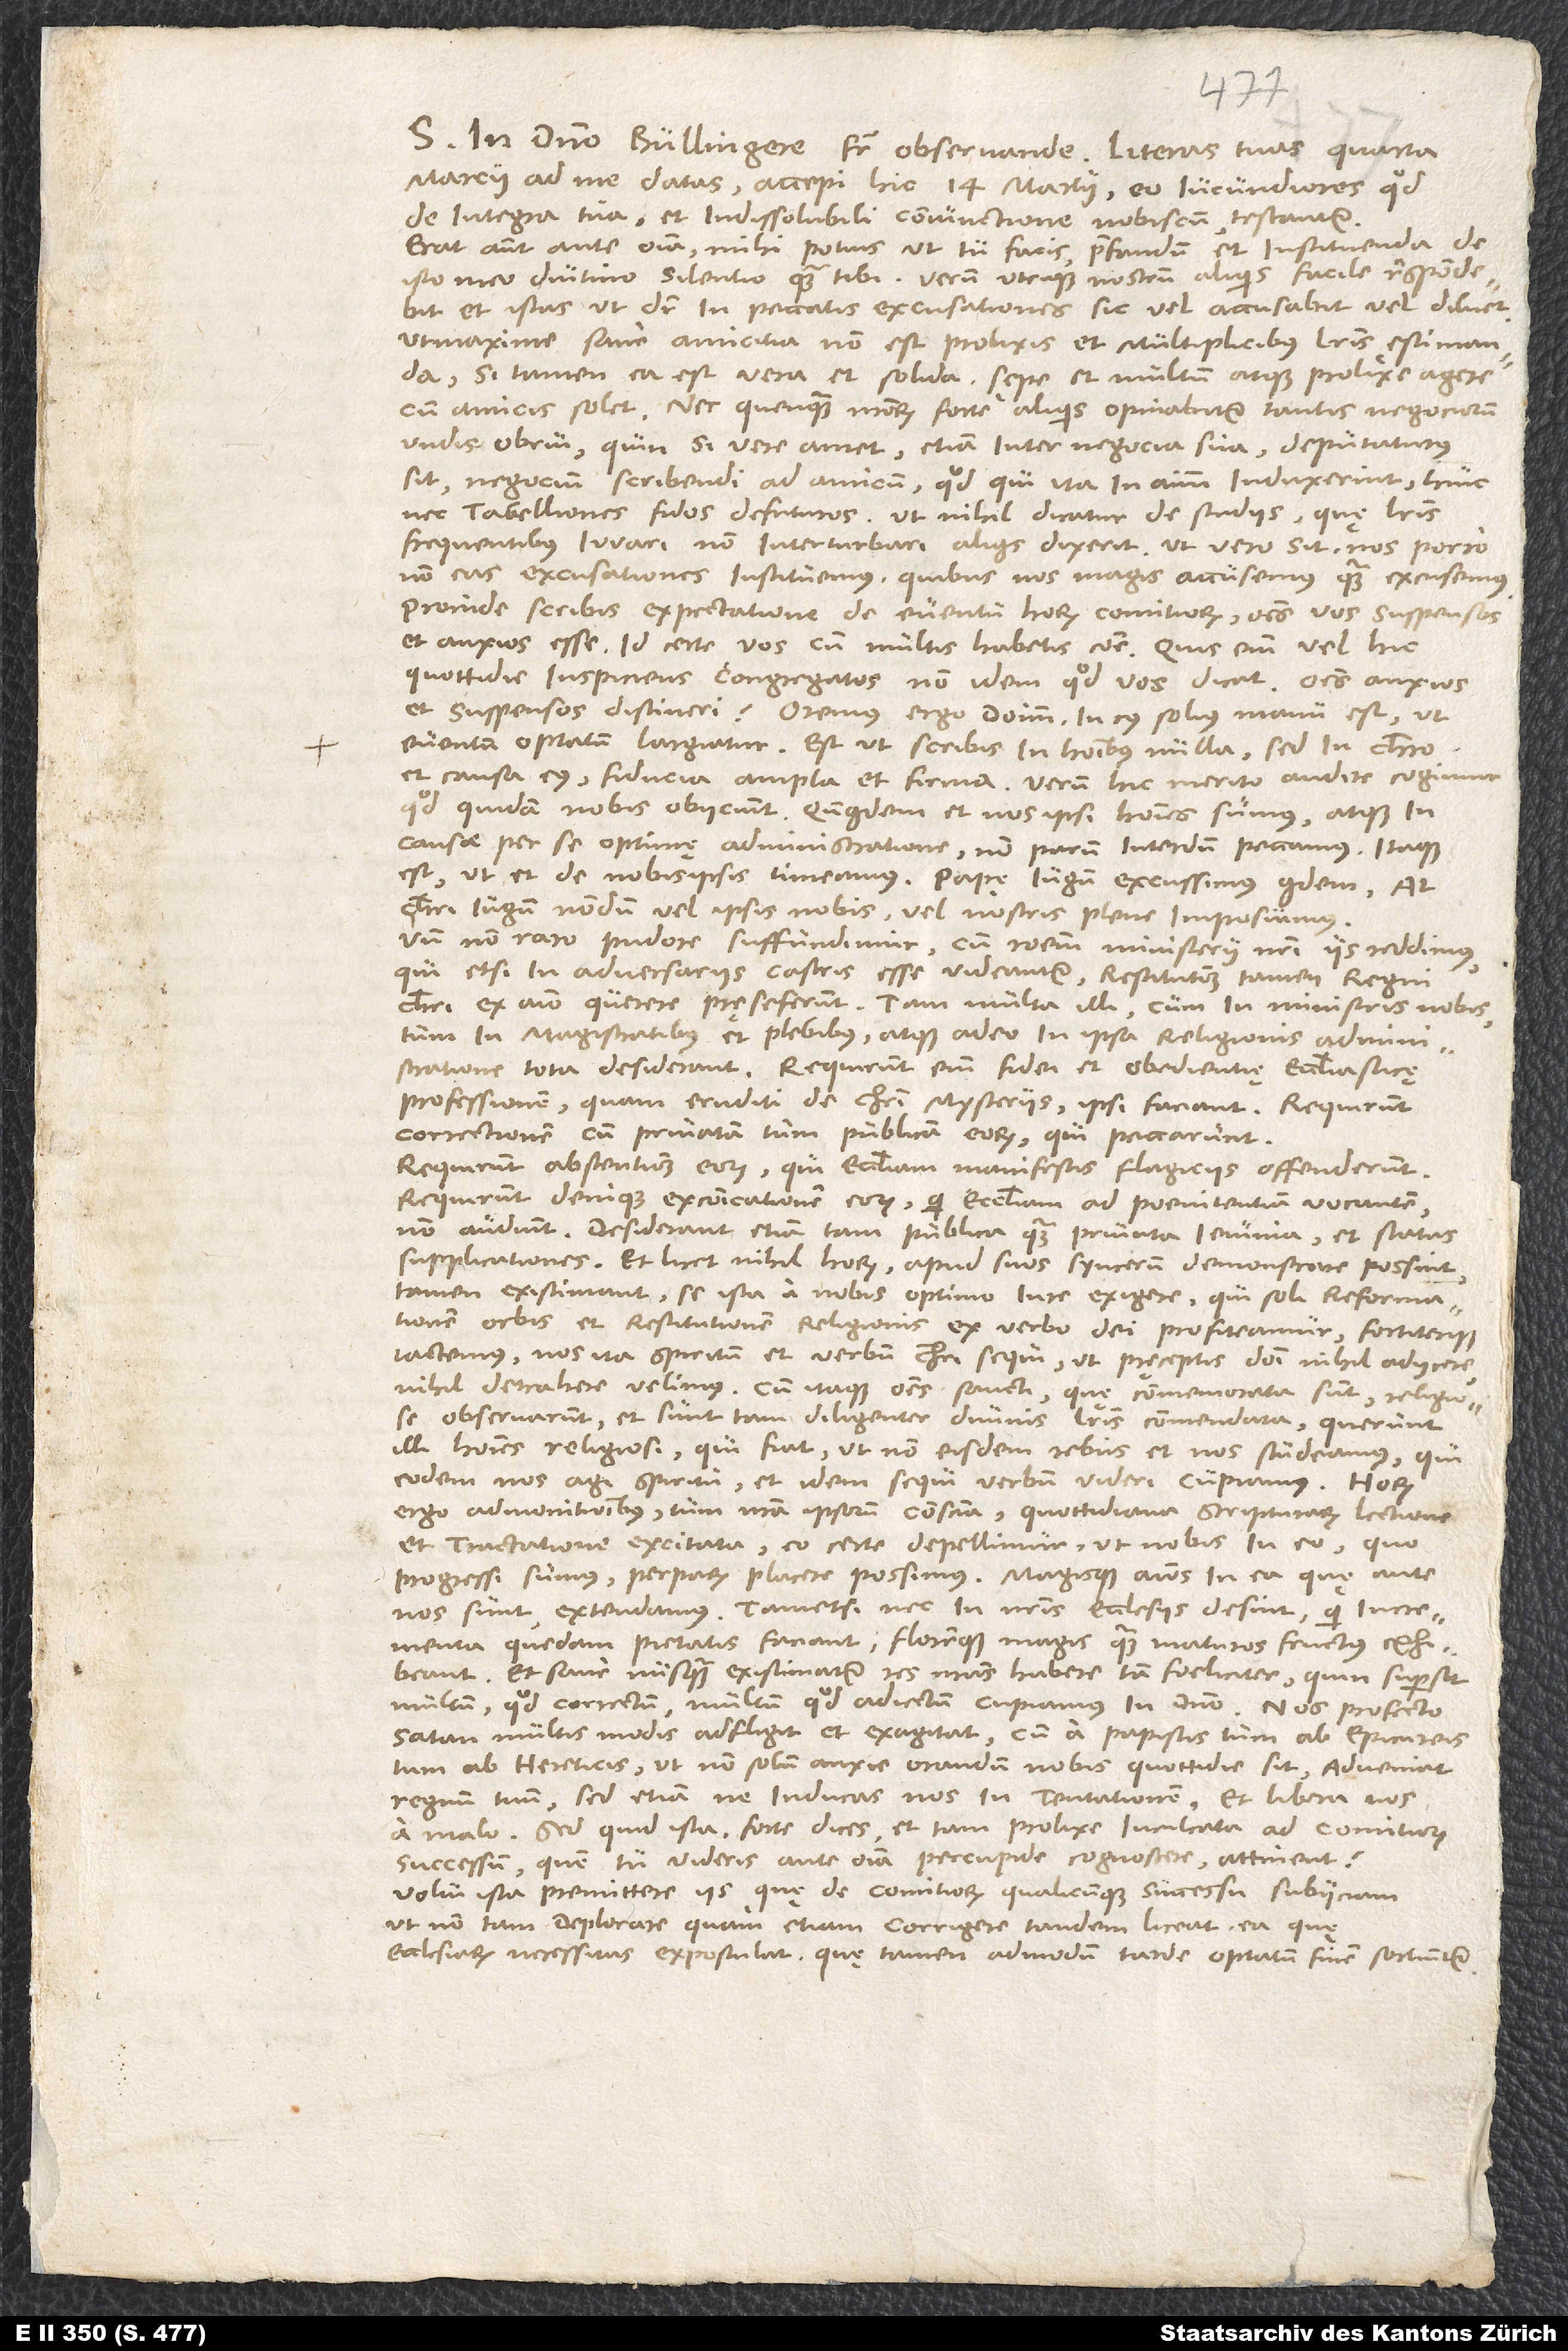
1541.
S. in domino, Bullingere frater observande. Literas tuas quarta
marcii ad me datas accepi hic 14. martii eo iucundiores, quod
de integra tua et indissolubili coniunctione nobiscum testantur.
Erat autem ante omnia mihi potius, ut tu facis, praefandum et instituenda de
isto meo diutino silentio quam tibi. Verum utrique nostrum aliquis facile respondebit
et istas, ut dicitur, in peccatis excusationes sic vel accusabit vel diluet,
ut maxime sane amicitia non est prolixis et multiplicibus literis ęstimanda;
si tamen ea est vera et solida, sępe et multum atque prolixe agere
cum amicis solet, nec quenquam nostrorum forte aliquis opinabitur tantis negociorum
undis obrui, quin, si vere amet, etiam inter negocia sua deputaturus
sit negocium scribendi ad amicum. Quod qui ita in animum induxerint, huic
nec tabelliones fidos defuturos, ut nihil dicatur de studiis, quę literis
frequentibus iuvari, non interturbari aliquis dixerit. Ut vero sit, nos porro
non eas excusationes instituemus, quibus nos magis accusemus quam excusemus.
Proinde scribis expectatione de eventu horum comitiorum omnes vos suspensos
et anxios esse. Id certe vos cum multis habetis commune. Quis enim vel hic
quottidie inspiciens congregatos non idem, quod vos, dicat, omnes anxios
et suspensos distineri? Oremus ergo dominum, in cuius solius manu est, ut
eventum optatum largiatur. Est, ut scribis, in hominibus nulla, sed in Christo
et causa eius fiducia ampla et firma. Verum hic merito audire cogimur,
quod quidam nobis obiiciunt, quandoquidem et nos ipsi homines sumus atque in
causae per se optimę administratione non parum interdum peccamus. Itaque
est, ut et de nobis ipsis timeamus. Papę iugum excussimus quidem; at
Christi iugum nondum vel ipsis nobis vel nostris plene imposuimus.
Unde non raro pudore suffundimur, cum rationem ministerii nostri iis reddimus,
qui, etsi in adversariis castris esse videantur, restitutionem tamen regni
Christi ex animo querere prę se ferunt. Tam multa illi cum in ministris nobis
tum in magistratibus et plebibus atque adeo in ipsa religionis administratione
tota desiderant. Requirunt enim fidei et obedientię ecclesiasticę
professionem, quam eruditi de Christi mysteriis ipsi faciant. Requirunt
correctionem cum privatam tum publicam eorum, qui peccarunt.
Requirunt abstentionem eorum, qui ecclesiam manifestis flagiciis offenderunt.
Requirunt denique excommunicationem eorum, qui ecclesiam ad poenitentiam vocantem
non audiunt. Desiderant etiam tam publica quam privata ieiunia et statas
supplicationes. Et licet nihil horum apud suos syncerum demonstrare possint,
tamen existimant se ista a nobis optimo iure exigere, qui soli reformationem
orbis et restitutionem religionis ex verbo dei profiteamur fortiterque
iactemus nos ita spiritum et verbum Christi sequi, ut pręceptis domini nihil adiicere,
nihil detrahere velimus. Cum itaque omnes sancti, quę commemorata sunt, religiose
observarunt - et sunt tam diligenter divinis literis commendata -, querunt
illi homines religiosi, qui fiat, ut non eisdem rebus et nos studeamus, qui
eodem nos agi spiritu et idem sequi verbum videri cupiamus. Horum
ergo admonitionibus, tum nostra ipsorum conscientia quottidiana scripturarum lectione
et tractatione excitata eo certe depellimur, ut nobis in eo, quo
progressi sumus, perparum placere possimus magisque animos in ea, quę ante
nos sunt, extendamus, tametsi nec in nostris ecclesiis desint, qui incrementa
quedam pietatis faciant floremque magis quam maturos fructus exhibeant.
Et sane nusquam existimatur res nostras habere tam foeliciter, quin supersit
multum, quod correctum, multum, quod adiectum cupiamus in domino. Nos profecto
satan multis modis adfligit et exagitat cum a papistis tum ab Epicureis
tum ab hereticis, ut non solum anxie orandum nobis quottidie sit: „Adveniat
. Sed quid ista, forte dices, et tam prolixe inculcata ad comitiorum
successum, quem tu videris ante omnia percupide cognoscere, attinent?
Volui ista premittere iis, quę de comitiorum qualicunque successu subiiciam,
ut non tam deplorare quam etiam corrigere tandem liceat ea, quę
ecclesiarum necessitas expostulat, quę tamen admodum tarde optatum finem sortiuntur.